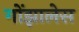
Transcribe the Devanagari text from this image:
गोंझालेस